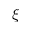
\xi